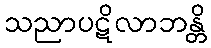
သညာပဋိလာဘန္တိ